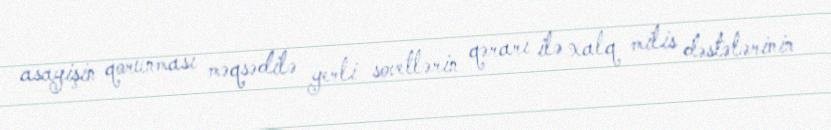
asayişin qorunması məqsədilə yerli sovetlərin qərarı ilə xalq milis dəstələrinin